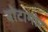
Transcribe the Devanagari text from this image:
बोटामोर